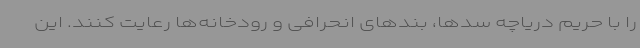
را با حریم دریاچه سدها، بند‌های انحرافی و رودخانه‌ها رعایت کنند. این